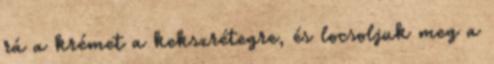
rá a krémet a kekszrétegre, és locsoljuk meg a